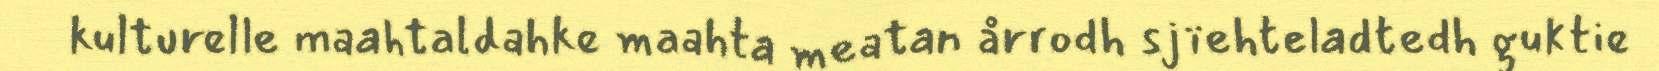
kulturelle maahtaldahke maahta meatan årrodh sjïehteladtedh guktie